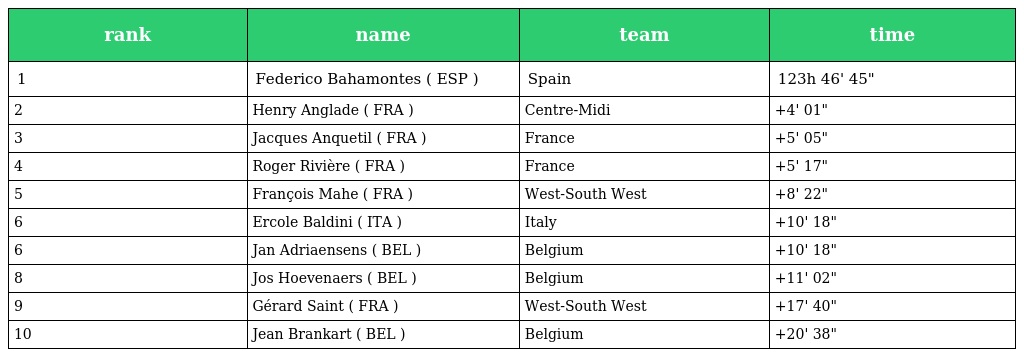
| rank | name | team | time |
 | --- | --- | --- | --- |
 | 1 | Federico Bahamontes ( ESP ) | Spain | 123h 46' 45" |
 | 2 | Henry Anglade ( FRA ) | Centre-Midi | +4' 01" |
 | 3 | Jacques Anquetil ( FRA ) | France | +5' 05" |
 | 4 | Roger Rivière ( FRA ) | France | +5' 17" |
 | 5 | François Mahe ( FRA ) | West-South West | +8' 22" |
 | 6 | Ercole Baldini ( ITA ) | Italy | +10' 18" |
 | 6 | Jan Adriaensens ( BEL ) | Belgium | +10' 18" |
 | 8 | Jos Hoevenaers ( BEL ) | Belgium | +11' 02" |
 | 9 | Gérard Saint ( FRA ) | West-South West | +17' 40" |
 | 10 | Jean Brankart ( BEL ) | Belgium | +20' 38" |